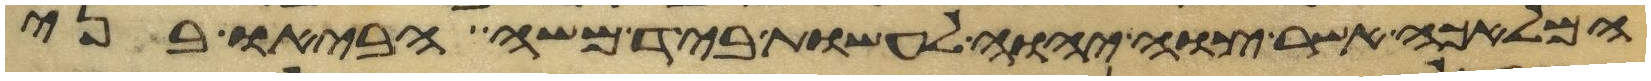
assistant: המלאכה אשר צוה יהוה לעשות ביד משה הביאו בני